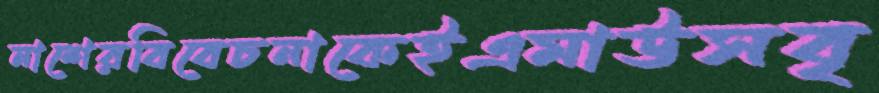
নাশেরবিবেচনাকেইএমাউসবৃ